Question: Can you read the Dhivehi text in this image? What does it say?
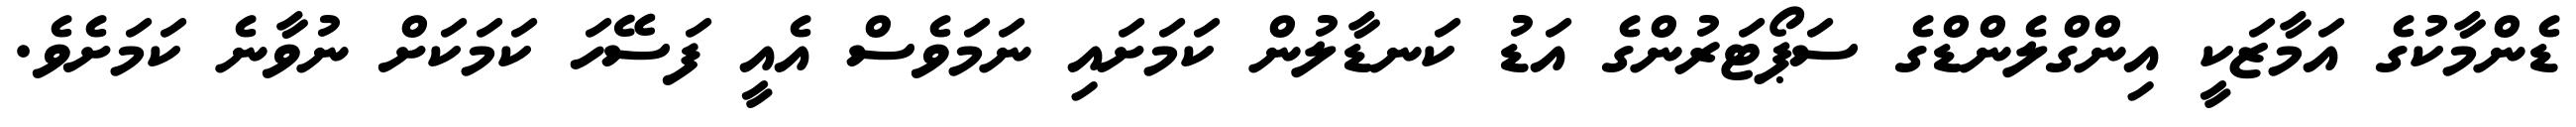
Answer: ޑެންމާކުގެ އަމާޒަކީ އިންގްލެންޑްގެ ސަޕޯޓަރުންގެ އަޑު ކަނޑާލުން ކަމަށައި ނަމަވެސް އެއީ ފަސޭހަ ކަމަކަށް ނުވާނެ ކަމަށެވެ.